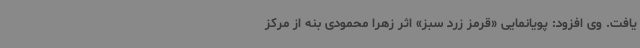
یافت. وی افزود: پویانمایی «قرمز زرد سبز» اثر زهرا محمودی بنه از مرکز